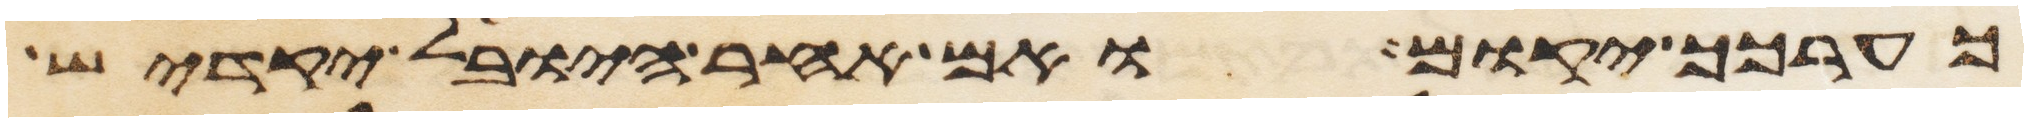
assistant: כערכך יקום ואם אחר היובל יקדיש